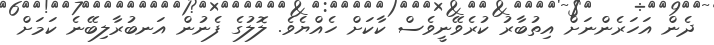
ދެން އަހަރެންނަށް އިތުބާރު ކުރެވޭނީވެސް ކާކަށް ހެއްޔެވެ. ލޮލުގެ ފެނުން އަނބުރާލިބޭނެ ކަމަށް